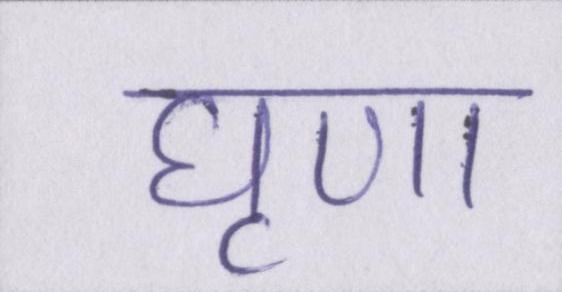
घृणा